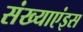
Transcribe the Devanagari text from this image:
संख्याएंइस